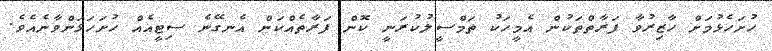
ހުށަހެޅުމަށް ހާޒިރުވާ ފަރާތްތަކުން އެމީހަކު ތަމްސީލުކުރަނީ ކޮން ފަރާތެއްކަން އެނގޭނެ ސިޓީއެއް ހުށަހަޅަންވާނެއެވެ.